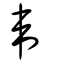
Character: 韋